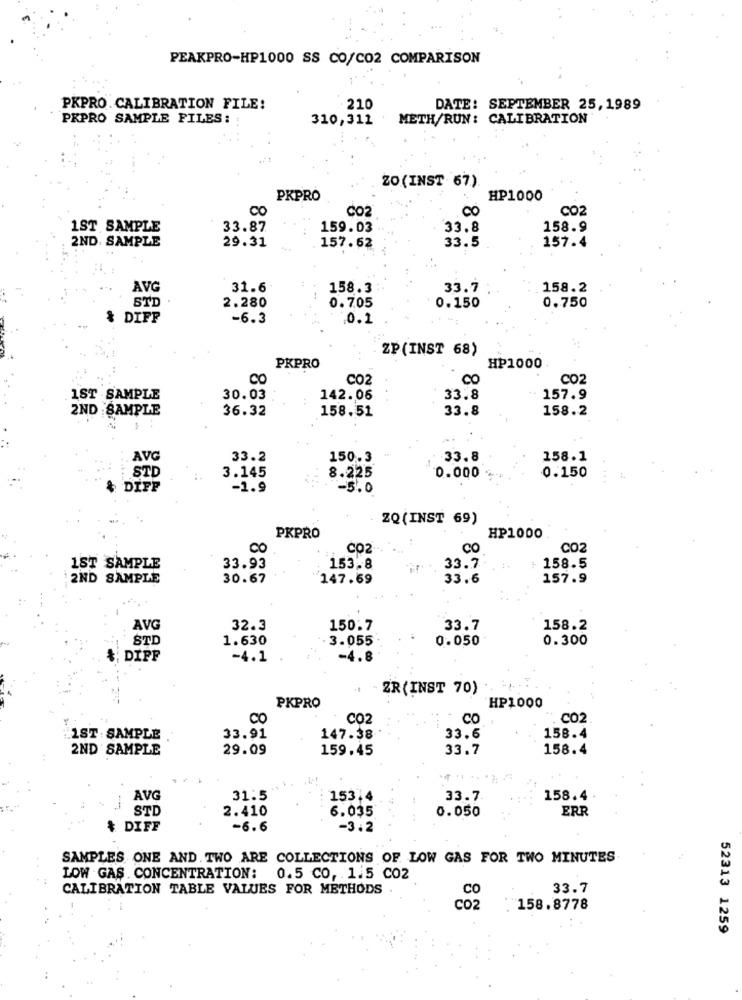
PEAKPRO-HP1000 SS CO/CO2 COMPARISON
PKPRO. CALIBRATION FILE:
210
DATE: SEPTEMBER 25,1989
PRPRO SAMPLE FILES:
310,311
METH/RUN : CALIBRATION
ZO (INST 67)
PKPRO
HP1000
CO
CO2
CO
CO2
1ST SAMPLE
33.87
159.03
33.8
158.9
2ND. SAMPLE
29.31
33.5
157.62
157.4
AVG
31.6
158.3
33.7
158.2
STD
2.280
0.705
0.750
0.150
& DIFF
-6.3
0.1
ZP(INST 68)
PKPRO
HP1000
CO
CO2
CO
C02
1ST -SAMPLE
30.03
142.06
33.8
157.9
2ND SAMPLE
36.32
158.51
33.8
158.2
AVG
33.2
150.3
.33.8
158.1
STD
3.145
8.225
0.150
0.000
DIFF
-1.9
-3.0
ZQ (INST 69)
PKPRO
HP1000
CO
CO2
CO
CO2
33.7
1ST SAMPLE
33.93
153.8
: 158.5
2ND SAMPLE
30.67
147.69
33.6
157.9
AVG
32.3
150.7
33.7
158.2
STD
1.630
3.055
0.050
0.300
DIPF
-4.1
-4.8
ZR (INST 70)
PKPRO
HP1000
CO
CO2
CO
C02
1ST : SAMPLE
33.91
147.38
33.6
158.4
2ND SAMPLE
29.09
159.45
33.7
158.4
AVG
31:5
153.4
33.7
158.4
STD
2.410
6.035
0.050
ERR
DIFF
-6.6
-3.2
SAMPLES ONE AND. TWO ARE COLLECTIONS OF LOW GAS FOR TWO MINUTES
. .
LOW GAS . CONCENTRATION: 0.5 CO, 1.5 C02
CALIBRATION TABLE VALUES FOR METHODS
33.7
CO
:02
158.8778
52313 1259